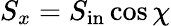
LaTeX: S_{x}=S_{\mathrm{in}}\cos\chi